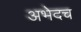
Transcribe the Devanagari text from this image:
अभेदच